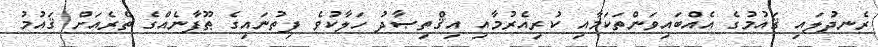
ރެނދުލައި ޤައުމުގެ އެއްބައިވަންތަކަމާއި ކުރިއެރުމާއި އިޤްތިޞާދު ހަލާކުވެ ފިތުނައިގެ ޠޫފާނެއްގެ ތެރެއަށް ޤައުމު